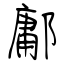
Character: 鄘